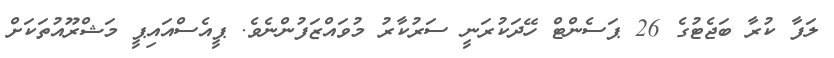
ލަފާ ކުރާ ބަޖެޓުގެ 26 ޕަސެންޓް ހޭދަކުރަނީ ސަރުކާރު މުވައްޒަފުންނެވެ. ޕީއެސްއައިޕީ މަޝްރޫއުތަކަށް